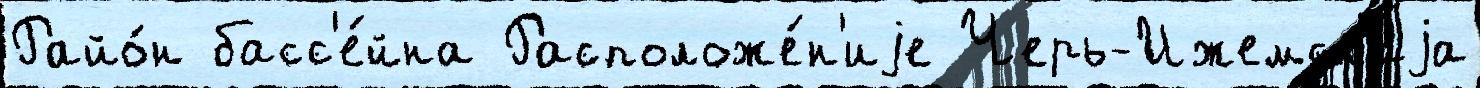
Райо́н басс'е́йна Расположе́н'иjе Черь-Ижемскаjа